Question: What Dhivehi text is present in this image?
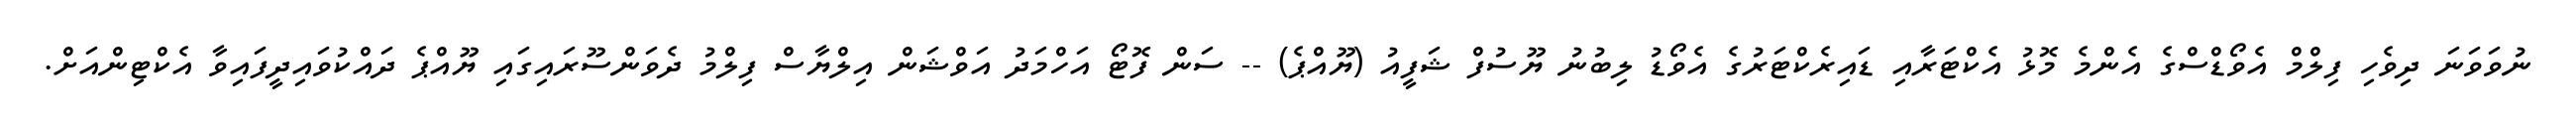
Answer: ނުވަވަނަ ދިވެހި ފިލްމް އެވޯޑްސްގެ އެންމެ މޮޅު އެކްޓަރާއި ޑައިރެކްޓަރުގެ އެވޯޑު ލިބުނު ޔޫސުފް ޝަފީއު (ޔޫއްޕެ) -- ސަން ފޮޓޯ އަހްމަދު އަވްޝަން އިލްޔާސް ފިލްމު ދެވަންސޫރައިގައި ޔޫއްޕެ ދައްކުވައިދީފައިވާ އެކްޓިންއަށް.